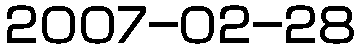
2007-02-28